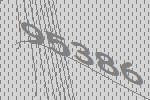
95386